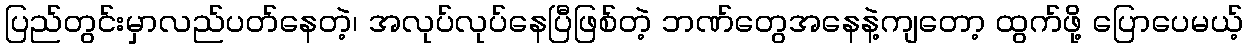
ပြည်တွင်းမှာလည်ပတ်နေတဲ့၊ အလုပ်လုပ်နေပြီဖြစ်တဲ့ ဘဏ်တွေအနေနဲ့ကျတော့ ထွက်ဖို့ ပြောပေမယ့်